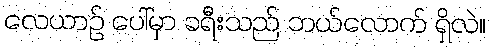
လေယာဉ် ပေါ်မှာ ခရီးသည် ဘယ်လောက် ရှိလဲ။